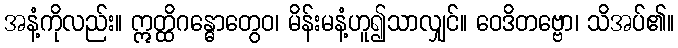
အနံ့ကိုလည်း။ ဣတ္ထိဂန္ဓောတွေဝ၊ မိန်းမနံ့ဟူ၍သာလျှင်။ ဝေဒိတဗ္ဗော၊ သိအပ်၏။